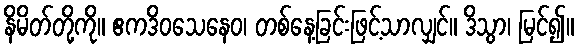
နိမိတ်တို့ကို။ ဧကဒိဝသေနေဝ၊ တစ်နေ့ခြင်းဖြင့်သာလျှင်။ ဒိသွာ၊ မြင်၍။